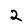
Digit: 2